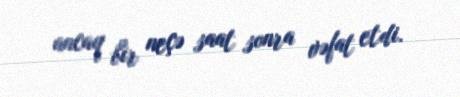
ancaq bir neçə saat sonra vəfat etdi.